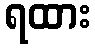
ရထား